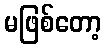
မဖြစ်တော့